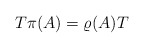
\begin{align*} T \pi(A) = \varrho(A) T\end{align*}